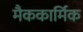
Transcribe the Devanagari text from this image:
मैककार्मिक